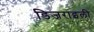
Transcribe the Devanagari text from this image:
डिजराइली